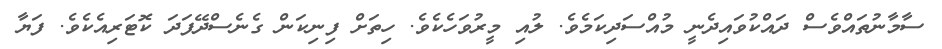
ސާމާނުތައްވެސް ދައްކުވައިދެނީ މުއްސަދިކަމެވެ. ލުއި މީރުވަހެކެވެ. ހިތަށް ފިނިކަން ގެނެސްދޭފަދަ ކޮޓަރިއެކެވެ. ފަޔާ